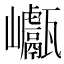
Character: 𡿕